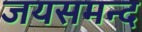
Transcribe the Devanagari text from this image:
जयसमन्‍द